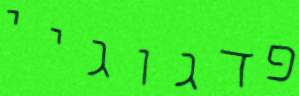
פדגוגיי